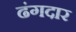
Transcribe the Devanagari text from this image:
ढंगदार